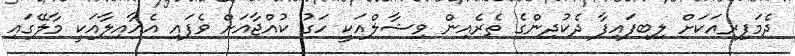
ދެމަފިރިއަކަށް ލިބިފައިފާ ދެކުދިންގެ ތެރެއިން ވިޝާލްއަކީ ހަގު ކުއްޖާއަށް ވެފައި އެއާއިލާއަކީ މާލޭގައި